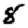
Digit: 8